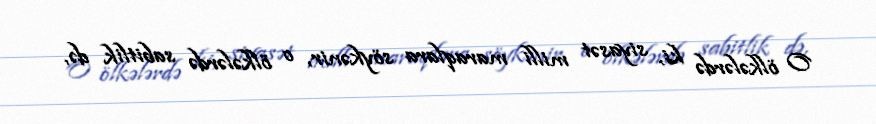
O ölkələrdə ki, siyasət milli maraqlara söykənir, o ölkələrdə sabitlik də,